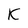
Character: K